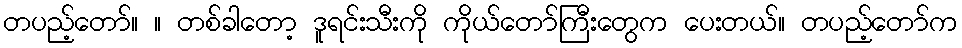
တပည့်တော်။ ။ တစ်ခါတော့ ဒူရင်းသီးကို ကိုယ်တော်ကြီးတွေက ပေးတယ်။ တပည့်တော်က